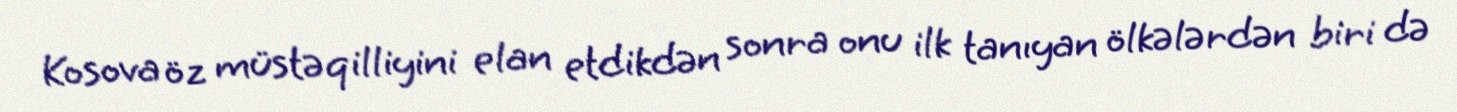
Kosova öz müstəqilliyini elan etdikdən sonra onu ilk tanıyan ölkələrdən biri də